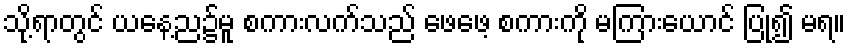
သို့ရာတွင် ယနေ့ည၌မူ စကားလက်သည် ဖေဖေ့ စကားကို မကြားယောင် ပြု၍ မရ။